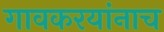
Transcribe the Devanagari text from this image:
गावकरयांनाच